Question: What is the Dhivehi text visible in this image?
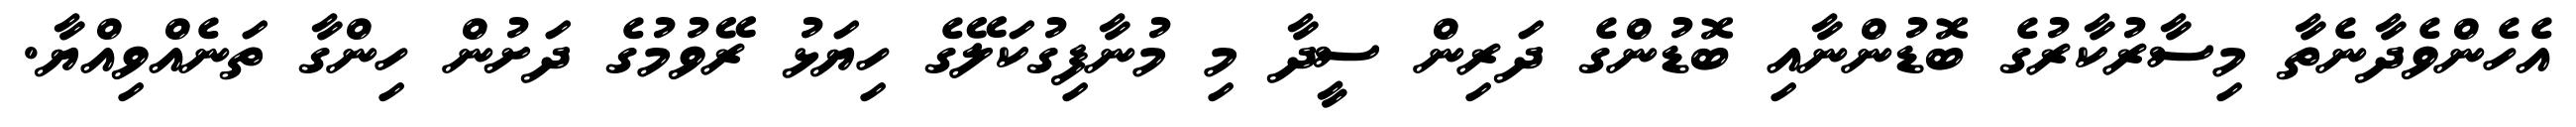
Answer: އެހެންވެދާނެތާ މިސާރުކާރުގެ ބޮޑުންނާއި ބޮޑުންގެ ދަރިން ސީދާ މި މުނާފިގުކަލޭގެ ހިޔަޅު ރޭވުމުގެ ދަށުން ހިންގާ ތަނެއްވިއްޔާ.